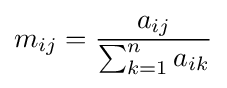
m_{ij}={\frac {a_{ij}}{\sum _{k=1}^{n}a_{ik}}}